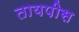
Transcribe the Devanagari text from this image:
तायपीस